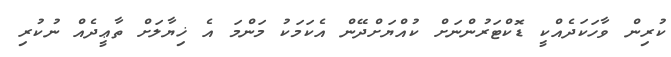
ކުރިން ވާހަކަދެއްކީ ޑޮކްޓަރުންނަށް ކުއްޔަށްދޭން އެކަމަކު މަންމަ އެ ޚިޔާލަށް ތާޢީދެއް ނުކުރި